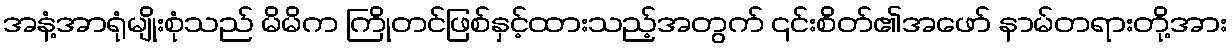
အနံ့အာရုံမျိုးစုံသည် မိမိက ကြိုတင်ဖြစ်နှင့်ထားသည့်အတွက် ၎င်းစိတ်၏အဖော် နာမ်တရားတို့အား